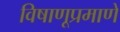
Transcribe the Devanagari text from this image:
विषाणूप्रमाणे